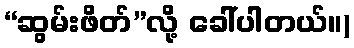
“ဆွမ်းဖိတ်”လို့ ခေါ်ပါတယ်။)